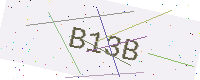
Text: B13B